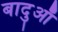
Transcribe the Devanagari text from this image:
बादुआँ